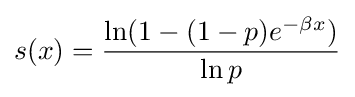
s(x)={\frac {\ln(1-(1-p)e^{-\beta x})}{\ln p}}